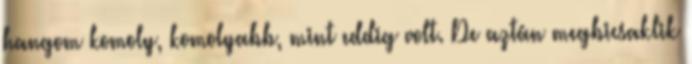
hangom komoly, komolyabb, mint eddig volt. De aztán megbicsaklik